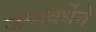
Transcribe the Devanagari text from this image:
जयावर्धेने